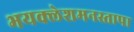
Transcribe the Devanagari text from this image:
भयक्लेशमनस्तापा